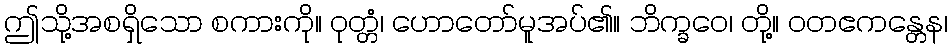
ဤသို့အစရှိသော စကားကို။ ဝုတ္တံ၊ ဟောတော်မူအပ်၏။ ဘိက္ခဝေ၊ တို့။ ဝတဧကန္တေန၊